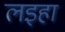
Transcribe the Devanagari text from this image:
लइहा